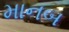
માનબ